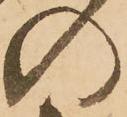
の